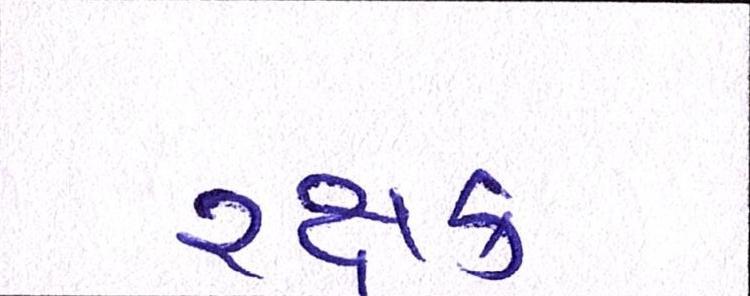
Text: રક્ષક